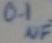
Text: .1µF